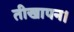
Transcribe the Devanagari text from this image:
तीखापन।